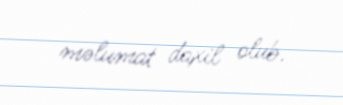
məlumat daxil olub.